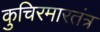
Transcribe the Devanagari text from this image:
कुचिरमारतंत्र